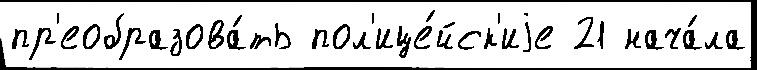
пр'еобразова́ть пол'ице́йск'иjе 21 нача́ла